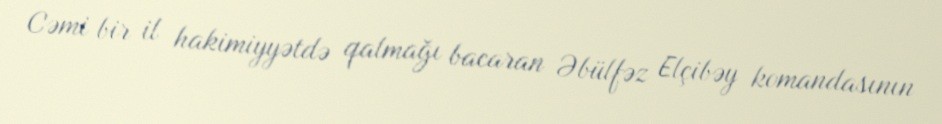
Cəmi bir il hakimiyyətdə qalmağı bacaran Əbülfəz Elçibəy komandasının